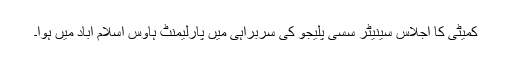
کمیٹی کا اجلاس سینیٹر سسی پلیجو کی سربراہی میں پارلیمنٹ ہاؤس اسلام آباد میں ہوا۔